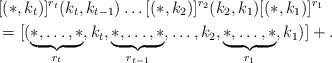
\begin{align*}&[(*,k_t)]^{r_t}(k_t,k_{t-1})\dots [(*,k_2)]^{r_2}(k_2,k_1)[(*,k_1)]^{r_1}\\&=[(\underbrace{*,\dots,*}_{r_t},k_t,\underbrace{*,\dots,*}_{r_{t-1}},\dots,k_{2},\underbrace{*,\dots,*}_{r_1},k_1)]+. \end{align*}